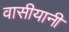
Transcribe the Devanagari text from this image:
वासीयानी